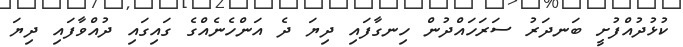
ކުޅުދުއްފުށީ ބަނދަރު ސަރަހައްދުން ހިނގާފައި ދިޔަ ދެ އަންހެނެއްގެ ގައިގައި ދުއްވާފައި ދިޔަ